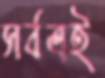
সর্বত্রই